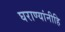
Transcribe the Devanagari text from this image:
घराण्यांनीहि